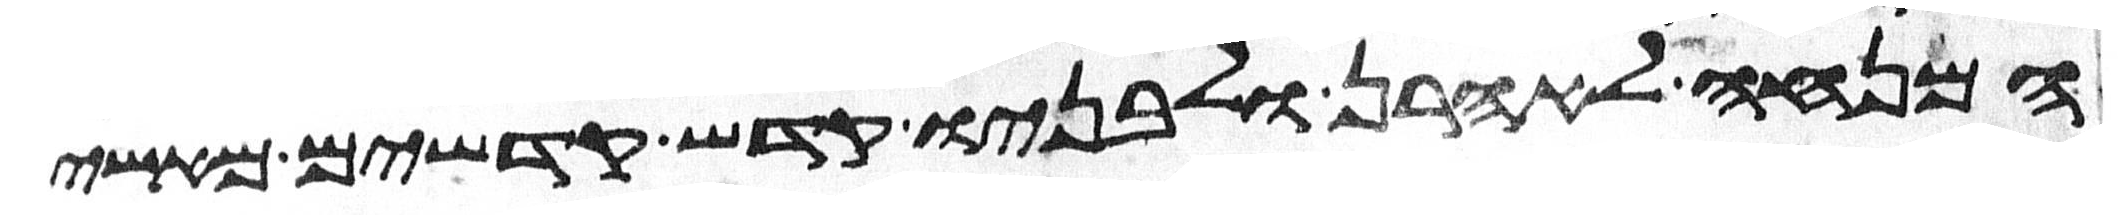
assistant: המנחה לאהרן ולבניו קדש קדשים מאשי